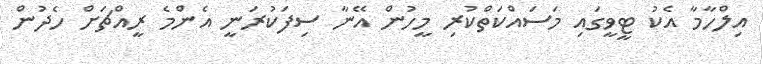
އިލްހާމާ އެކު ޓީވީގައި މަސައްކަތްކުރި މީހުން އޭނާ ސިފަކުރަނީ އެންމެ ރީއްޗަށް ހެދުން